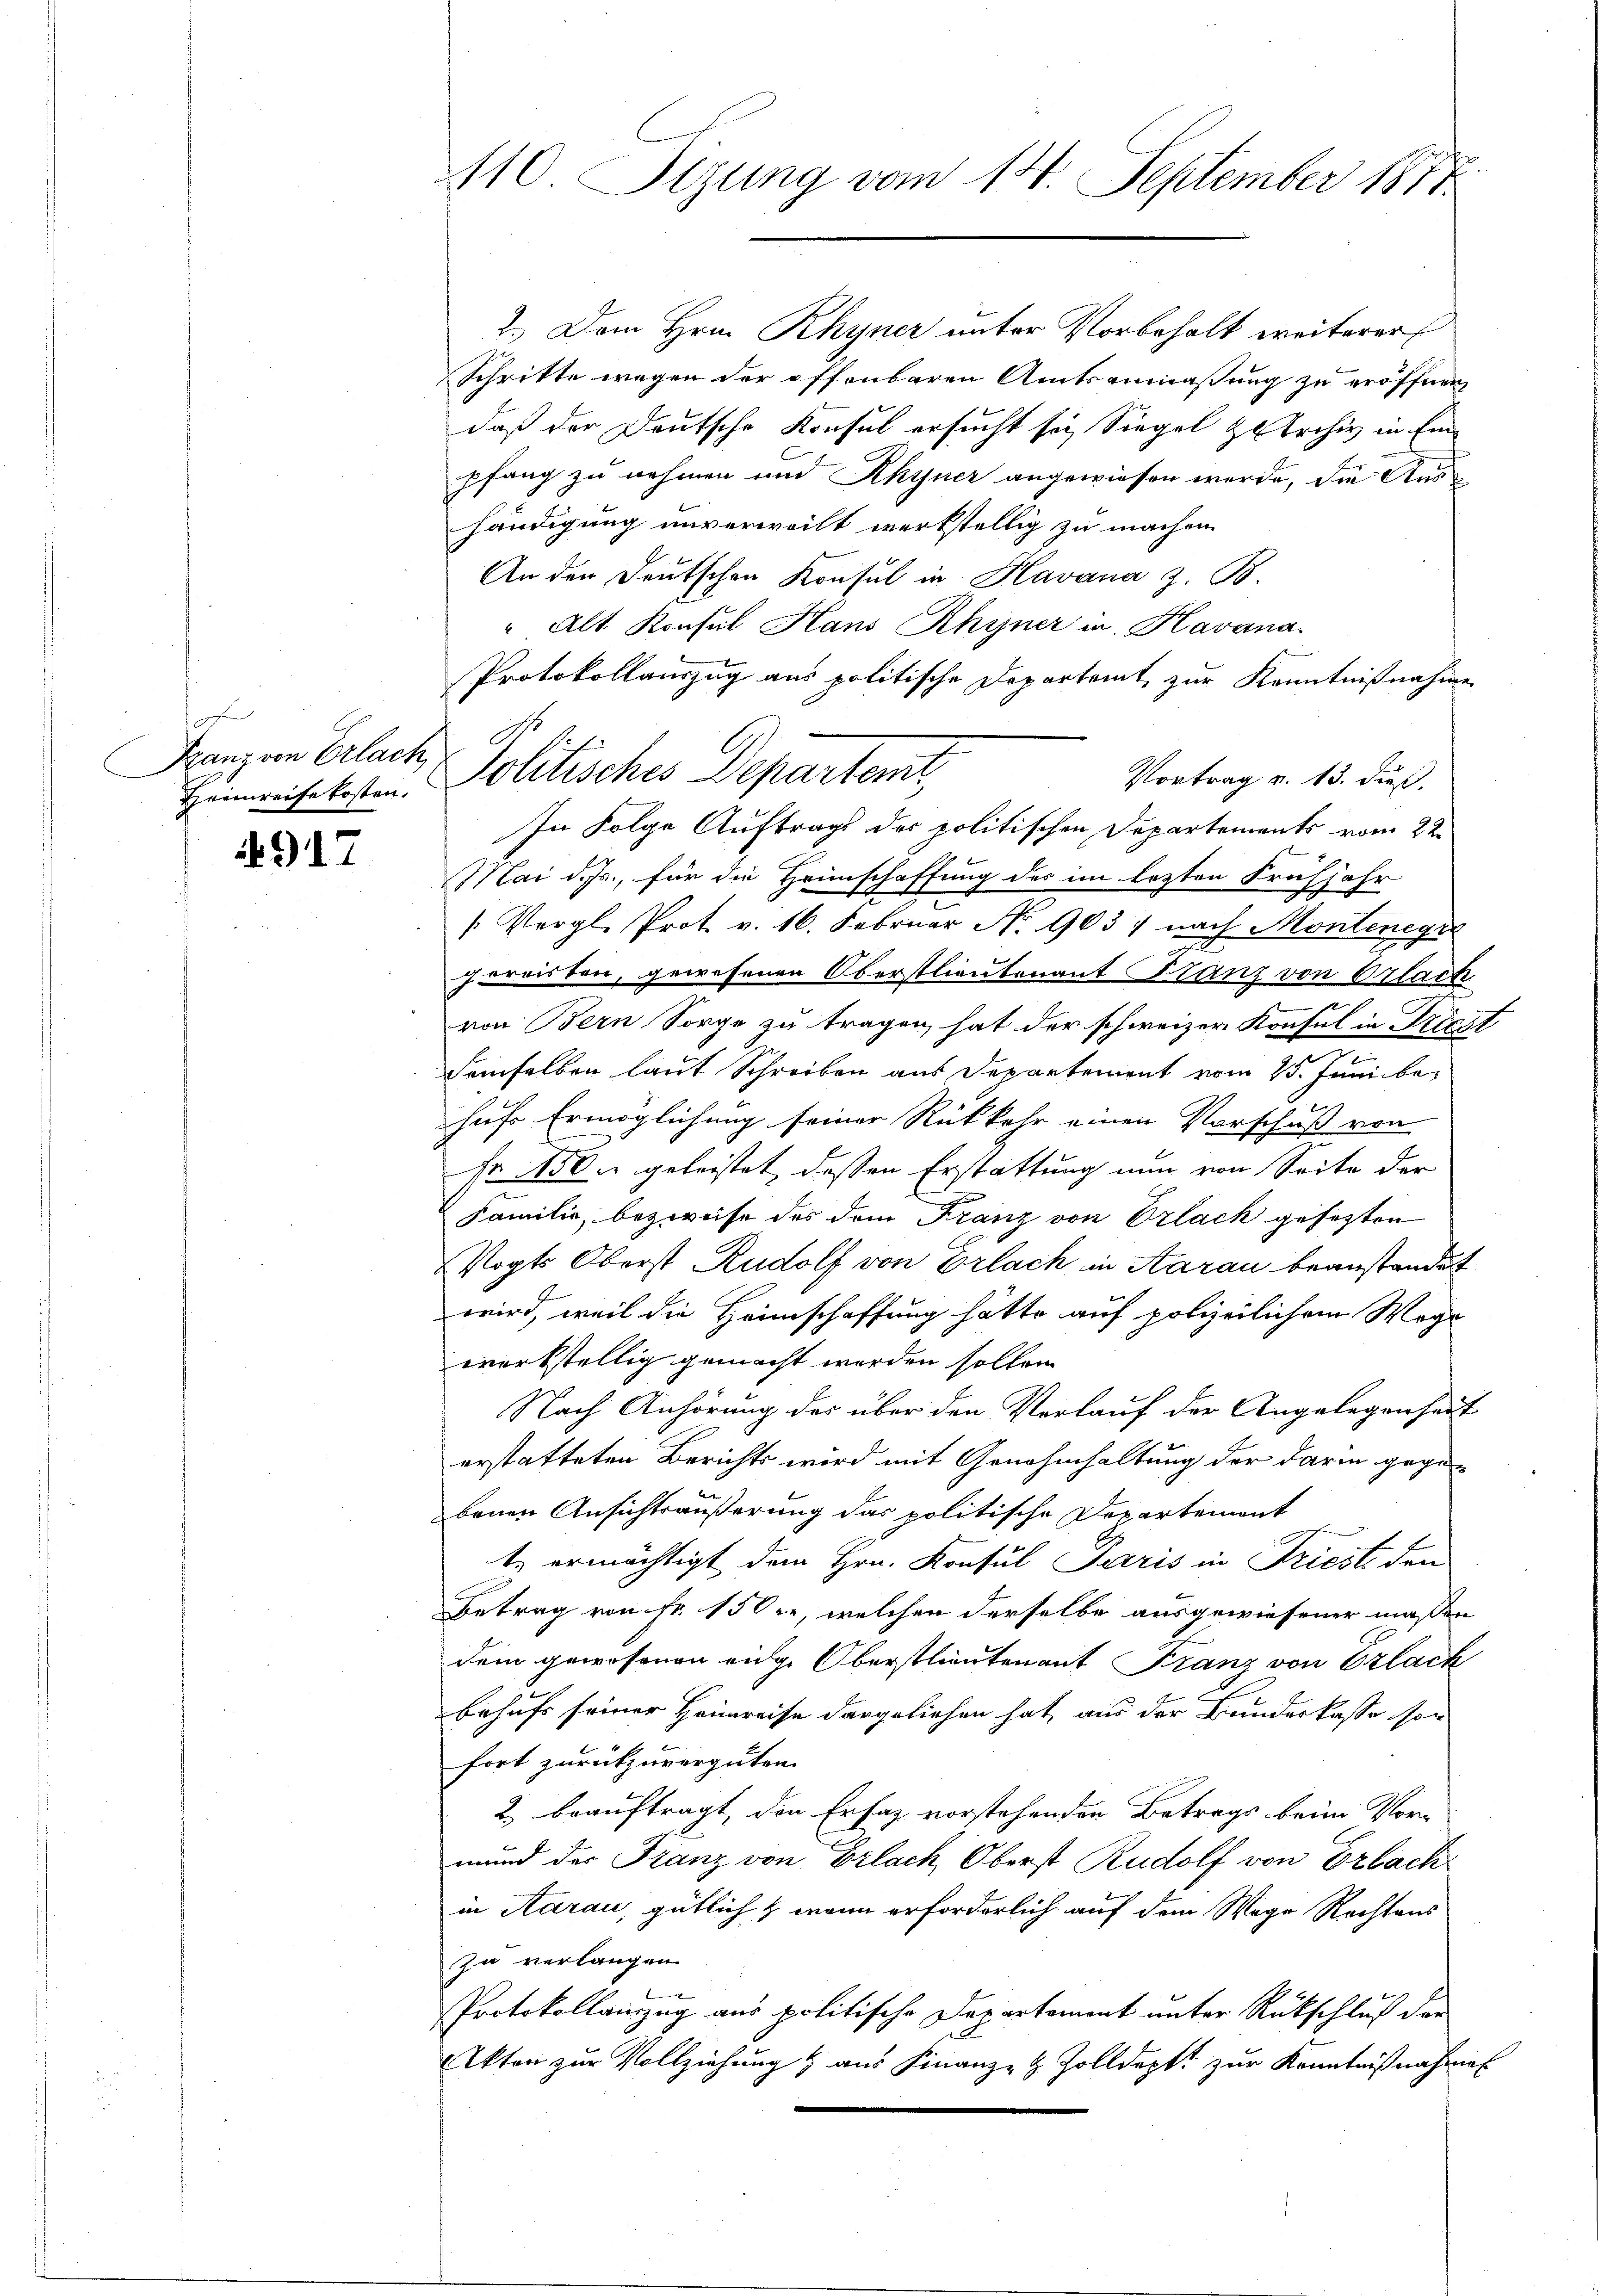
f
Franz von Erlach
Heimreise kosten.

917

110. Sezung vom 14. September 1877.

2.) Dem Hrn. Rhyner unter Vorbehalt weiterer
Schritte wegen der öffenbaren Amtsanwaßung zu eröffnen
daß der Deutsche Konsul ersucht sey Siegel & Archiv in Einpfang zu nehmen und Rhyner angewiesen werde, die Aushändigung unverweilt werkstellig zu machen.
An der Deutschen Konsul in Havana z. B
"Alt Konsul Haus Rhyner in Havana.
Protokollauszug aus politische Departamt zur Kenntnißnahmen
Vortrag v. 13. dieß.
In Folge Auftrags der politischen Departements vom 22.
Mai d. Js., für die Heimschaffung des im lezten Frühjahr
[Vergl. Prot. v. 16. Februar No. 903) nach Montenegre
pervisten, gewesenen Oberstlieutenant Stanz von Orlach
von Bern Sorge zu tragen, hat der schweizer Konsul in Priest
demselben laut Schreiben aus Departement vom 25. Juni be-
hufs Ermöglichung seiner Rückkehr einen Vorschuß von
Fr 150. geleistet dessen Erstattung nun von Seite der
Familie, bezweife des dem Franz von Erlack gesetzten
Vogts Oberst Rudolf von Erlach in Aarau beanstandet
wird, weil die Heimschaffung hätte auf polizeilichem Wege
werkstellig gemacht werden sollen.
Nach Anhörung des über den Vorlauf der Angelegenheit
erstatteten Berichts wird mit Genehmhaltung der darin gege-
benen Ansichtsäußerung das politische Departement
t ermächtigt dem Hrn. Konsul Paris in Frieste den
Betrag von Fr. 150, welchen derselbe ausgewiesener maßen
dem gewesenen eige Oberstlieutenant Franz von Erlach
behufs seiner Heimreise dargeliehen hat, aus der Bundeskasse son
fort zurückzuvergüten.
2. beauftragt, den Erfaz vorstehenden Betrags beim Vormund der Franz von Erlach, Oberst Rudolf von Erbach
in Aarau, gütlich & wenn erforderlich auf dem Wege Rechtens
zu verlangen.
Protokollauszug aus politische Departement unter Rückschluß der
Akten zur Vollziehung & aus Finanz- & Zolldopft zur Kenntnißnahme

G
politisches Departemt,